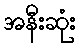
အနီးဆုံး